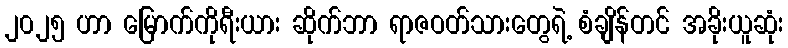
၂၀၂၅ ဟာ မြောက်ကိုရီးယား ဆိုက်ဘာ ရာဇဝတ်သားတွေရဲ့ စံချိန်တင် အခိုးယူဆုံး